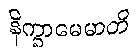
နိက္ခာမေမာတိ